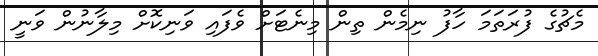
މެޗުގެ ފުރަތަމަ ހާފު ނިމެން ތިން މިނެޓަށް ވެފައި ވަނިކޮށް މިލާނުން ވަނީ